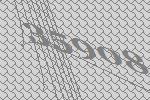
35908